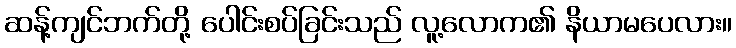
ဆန့်ကျင်ဘက်တို့ ပေါင်းစပ်ခြင်းသည် လူ့လောက၏ နိယာမပေလား။